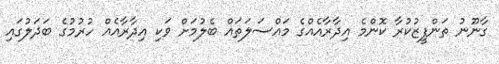
ގާނޫނު ތަންފީޒުކުރާ ކޮންމެ އިދާރާއެއްގެ މައްސަލަތައް ބެލުމަށް ވަކި އިދާރާއެއް ހުރުމުގެ ބަދަލުގައި